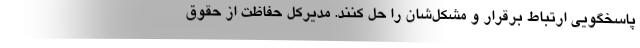
پاسخگویی ارتباط برقرار و مشکل‌شان را حل کنند. مدیرکل حفاظت از حقوق